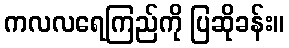
ကလလရေကြည်ကို ပြဆိုခန်း။